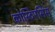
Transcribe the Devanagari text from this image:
कोस्टिएसिस